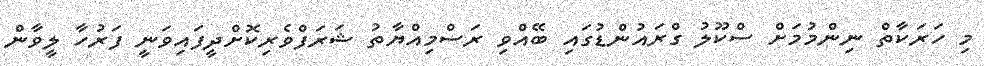
މި ހަރަކާތް ނިންމުމަށް ސްކޫލު ގްރައުންޑުގައި ބޭއްވި ރަސްމިއްޔާތު ޝަރަފްވެރިކޮށްދީފައިވަނީ ފަރުހާ ލީވާން